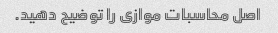
اصل محاسبات موازی را توضیح دهید.